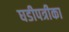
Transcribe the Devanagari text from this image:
घडीपत्रीका